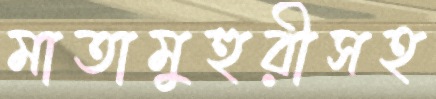
মাতামুহুরীসহ